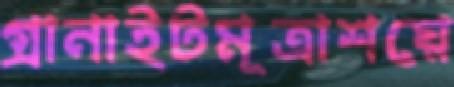
গ্রানাইটমূত্রাশয়ে